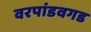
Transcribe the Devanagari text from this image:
वरपांडवगड